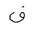
Letter: _fa